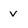
Character: v